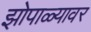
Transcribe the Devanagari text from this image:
झोपाळ्यावर